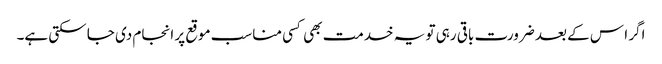
اگر ا س کے بعد ضرورت باقی رہی تو یہ خدمت بھی کسی مناسب موقع پر انجام دی جا سکتی ہے۔